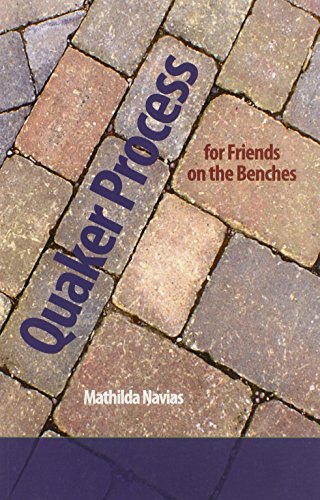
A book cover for Quaker Process for Friends on the Benches; Mathilda Navias; Christian Books & Bibles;